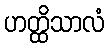
ဟတ္ထိသာလံ